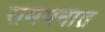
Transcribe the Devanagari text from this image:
रामयनात